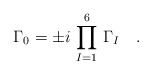
\begin{align*}\Gamma_0 = \pm i\,\prod_{I=1}^6 \,\Gamma_I\quad.\end{align*}